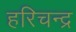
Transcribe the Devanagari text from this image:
हरिचन्द्र